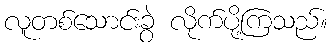
လူတစ်သောင်းခွဲ လိုက်ပို့ကြသည်။